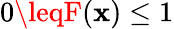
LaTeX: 0\leqF(\mathbf{x})\leq1